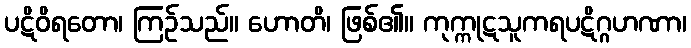
ပဋိဝိရတော၊ ကြဉ်သည်။ ဟောတိ၊ ဖြစ်၏။ ကုက္ကုဋသူကရပဋိဂ္ဂဟဏာ၊